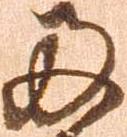
両